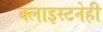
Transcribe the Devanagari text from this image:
क्लाइस्टनेही